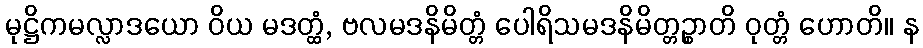
မုဋ္ဌိကမလ္လာဒယော ဝိယ မဒတ္ထံ, ဗလမဒနိမိတ္တံ ပေါရိသမဒနိမိတ္တဉ္စာတိ ဝုတ္တံ ဟောတိ။ န